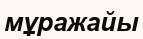
мұражайы